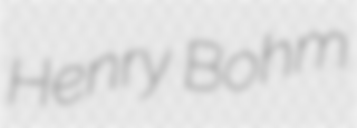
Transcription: Henry Bohm